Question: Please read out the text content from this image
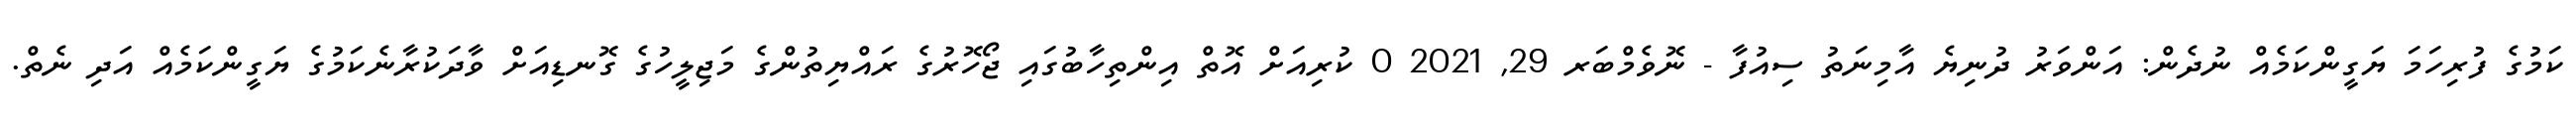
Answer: ކަމުގެ ފުރިހަމަ ޔަގީންކަމެއް ނުދެން: އަންވަރު ދުނިޔެ އާމިނަތު ސިއުފާ - ނޮވެމްބަރ 29, 2021 0 ކުރިއަށް އޮތް އިންތިހާބުގައި ޖޯހޮރުގެ ރައްޔިތުންގެ މަޖިލީހުގެ ގޮނޑިއަށް ވާދަކުރާނެކަމުގެ ޔަގީންކަމެއް އަދި ނެތް.